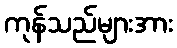
ကုန်သည်များအား